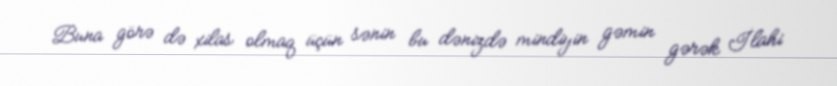
Buna görə də xilas olmaq üçün sənin bu dənizdə mindiyin gəmin gərək İlahi